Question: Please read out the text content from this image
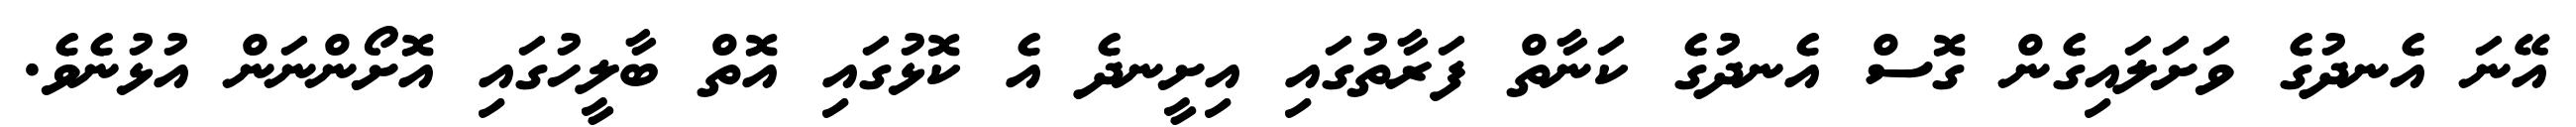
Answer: އޭނަ އެނދުގެ ވަށަލައިގެން ގޮސް އެނދުގެ ކަނާތް ފަރާތުގައި އިށީނދެ އެ ކޮޅުގައި އޮތް ބާލީހުގައި އޮށޯންނަން އުޅުނެވެ.